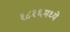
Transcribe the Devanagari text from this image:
१८१६मध्ये